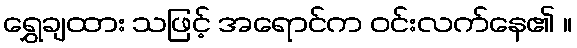
ရွှေချထား သဖြင့် အရောင်က ဝင်းလက်နေ၏ ။